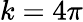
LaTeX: k=4\pi